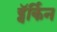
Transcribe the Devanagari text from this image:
ड्वॅर्किन